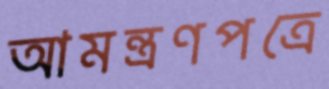
আমন্ত্রণপত্রে